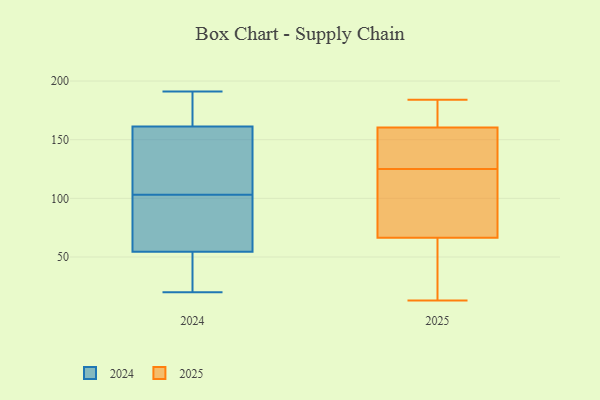
{"axis": {"x": "Inventory Turnover", "y": "Value"}, "legend": ["2024", "2025"], "data": [{"x": "", "y": 116, "type": "2024"}, {"x": "", "y": 25, "type": "2024"}, {"x": "", "y": 103, "type": "2024"}, {"x": "", "y": 191, "type": "2024"}, {"x": "", "y": 191, "type": "2024"}, {"x": "", "y": 78, "type": "2024"}, {"x": "", "y": 161, "type": "2024"}, {"x": "", "y": 90, "type": "2024"}, {"x": "", "y": 32, "type": "2024"}, {"x": "", "y": 62, "type": "2024"}, {"x": "", "y": 20, "type": "2024"}, {"x": "", "y": 162, "type": "2024"}, {"x": "", "y": 124, "type": "2024"}, {"x": "", "y": 94, "type": "2025"}, {"x": "", "y": 60, "type": "2025"}, {"x": "", "y": 140, "type": "2025"}, {"x": "", "y": 184, "type": "2025"}, {"x": "", "y": 159, "type": "2025"}, {"x": "", "y": 55, "type": "2025"}, {"x": "", "y": 178, "type": "2025"}, {"x": "", "y": 161, "type": "2025"}, {"x": "", "y": 151, "type": "2025"}, {"x": "", "y": 105, "type": "2025"}, {"x": "", "y": 86, "type": "2025"}, {"x": "", "y": 47, "type": "2025"}, {"x": "", "y": 161, "type": "2025"}, {"x": "", "y": 125, "type": "2025"}, {"x": "", "y": 13, "type": "2025"}]}